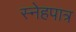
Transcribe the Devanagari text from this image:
स्नेहपात्र